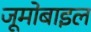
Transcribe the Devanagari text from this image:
जूमोबाइल